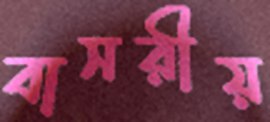
বাসরীয়